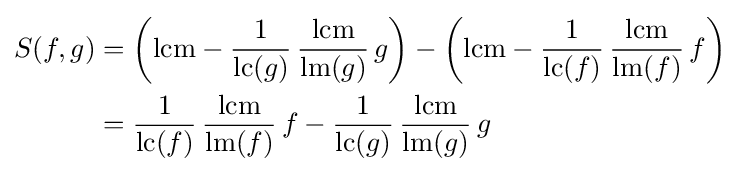
{\begin{aligned}S(f,g)&=\left(\mathrm {lcm} -{\frac {1}{\operatorname {lc} (g)}}\,{\frac {\mathrm {lcm} }{\operatorname {lm} (g)}}\,g\right)-\left(\mathrm {lcm} -{\frac {1}{\operatorname {lc} (f)}}\,{\frac {\mathrm {lcm} }{\operatorname {lm} (f)}}\,f\right)\\&={\frac {1}{\operatorname {lc} (f)}}\,{\frac {\mathrm {lcm} }{\operatorname {lm} (f)}}\,f-{\frac {1}{\operatorname {lc} (g)}}\,{\frac {\mathrm {lcm} }{\operatorname {lm} (g)}}\,g\\\end{aligned}}